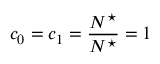
c _ { 0 } = c _ { 1 } = \frac { N ^ { \star } } { N ^ { \star } } = 1